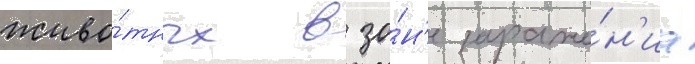
живо́тных в зо́н'е зараже́н'иа